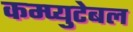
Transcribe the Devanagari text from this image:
कम्प्युटेबल